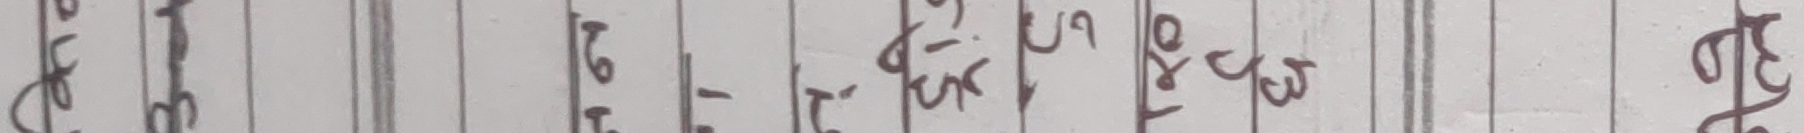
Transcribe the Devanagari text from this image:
जता